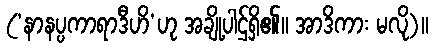
(‘နာနပ္ပကာရာဒီဟိ’ဟု အချို့ပါဌ်ရှိ၏။ အာဒိကား မလို)။